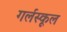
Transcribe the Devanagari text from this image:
गर्लस्कूल